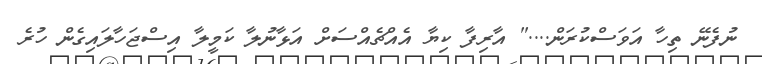
ނުފެނޭ ތިހާ އަވަސްކުރަން...." އާރިފާ ކިޔާ އެއްޗެއްސަށް އަޅާނުލާ ކަމީލާ އިސްޖަހާލައިގެން ހުރެ